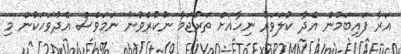
އަރާ ފައިބަމުން އެދާ ކުލަވަރު ނިހާއަށް ތަރުޖަމާ ނުކުރެވުނު ނަމަވެސް އެދުވަހަކުން މި